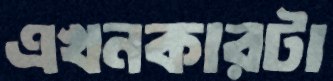
এখনকারটা